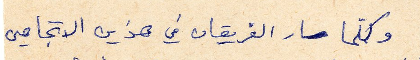
وكلما سار الفريقان في هذين الاتجاهين